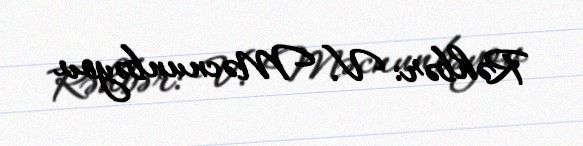
Rəhbər: V. Məcnunbəyov